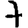
Digit: 7